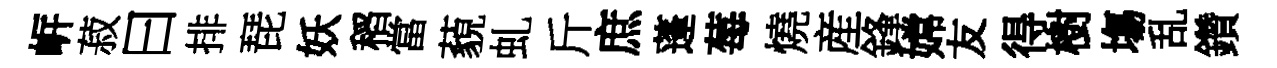
㟁菽曰排琵妖稻當藐虬斤庶蓬莓燒産鋒嫦友得樹塲乱鑽